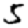
Digit: 5